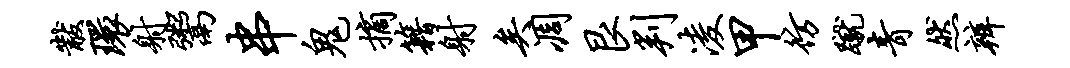
黻环射鬻串鬼摘籍射矣凋艮判凌甲彷蹴青然辨